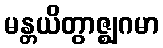
မန္တယိတွာဇ္ဈဂမာ